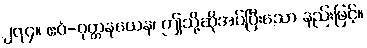
၂၇၄။ ဧဝံ-ဝုတ္တနယေန၊ ဤသို့ဆိုအပ်ပြီးသော နည်းဖြင့်။